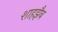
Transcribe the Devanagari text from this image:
शाहझैब